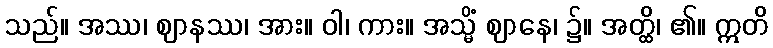
သည်။ အဿ၊ ဈာနဿ၊ အား။ ဝါ၊ ကား။ အသ္မိံ ဈာနေ၊ ၌။ အတ္ထိ၊ ၏။ ဣတိ